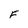
Character: F